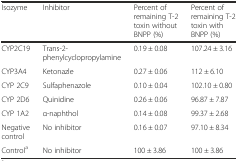
| Isozyme | Inhibitor | Percent of remaining T-2 toxin without BNPP (%) | Percent of remaining T-2 toxin with BNPP (%) |
 | --- | --- | --- | --- |
 | CYP2C19 | Trans-2-phenylcyclopropylamine | 0.19 ± 0.08 | 107.24 ± 3.16 |
 | CYP3A4 | Ketonazle | 0.27 ± 0.06 | 112 ± 6.10 |
 | CYP 2C9 | Sulfaphenazole | 0.10 ± 0.04 | 102.10 ± 0.80 |
 | CYP 2D6 | Quinidine | 0.26 ± 0.06 | 96.87 ± 7.87 |
 | CYP 1A2 | α-naphthol | 0.14 ± 0.08 | 99.37 ± 2.68 |
 | Negative control | No inhibitor | 0.16 ± 0.07 | 97.10 ± 8.34 |
 | Controla | No inhibitor | 100 ± 3.86 | 100 ± 3.86 |